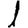
Digit: 1